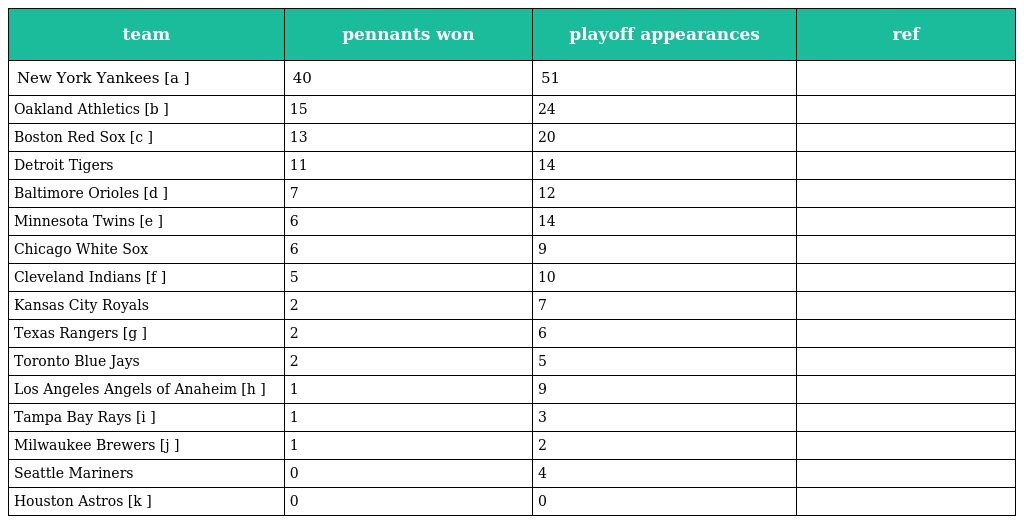
| team | pennants won | playoff appearances | ref |
 | --- | --- | --- | --- |
 | New York Yankees [a ] | 40 | 51 |  |
 | Oakland Athletics [b ] | 15 | 24 |  |
 | Boston Red Sox [c ] | 13 | 20 |  |
 | Detroit Tigers | 11 | 14 |  |
 | Baltimore Orioles [d ] | 7 | 12 |  |
 | Minnesota Twins [e ] | 6 | 14 |  |
 | Chicago White Sox | 6 | 9 |  |
 | Cleveland Indians [f ] | 5 | 10 |  |
 | Kansas City Royals | 2 | 7 |  |
 | Texas Rangers [g ] | 2 | 6 |  |
 | Toronto Blue Jays | 2 | 5 |  |
 | Los Angeles Angels of Anaheim [h ] | 1 | 9 |  |
 | Tampa Bay Rays [i ] | 1 | 3 |  |
 | Milwaukee Brewers [j ] | 1 | 2 |  |
 | Seattle Mariners | 0 | 4 |  |
 | Houston Astros [k ] | 0 | 0 |  |